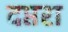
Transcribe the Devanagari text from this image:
दप्तरा